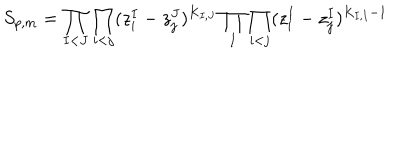
LaTeX: S _ { p , m } = \prod _ { I < J } \prod _ { i < j } ( z _ { i } ^ { I } - z _ { j } ^ { J } ) ^ { K _ { I , J } } \prod _ { I } \prod _ { i < j } ( z _ { i } ^ { I } - z _ { j } ^ { I } ) ^ { K _ { I , I } - 1 }